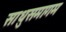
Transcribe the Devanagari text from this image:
साधुसमागम